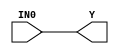
//------------------------------------------------------
// Copyright 1992, 1993 Cascade Design Automation Corporation.
//------------------------------------------------------
module schmitt(IN0,Y);
  parameter
        d_IN0_r = 0,
        d_IN0_f = 0,
        d_Y_r = 1,
        d_Y_f = 1;
  input  IN0;
  output  Y;
  wire  IN0_temp;
  reg  Y_temp;
  assign #(d_IN0_r,d_IN0_f) IN0_temp = IN0;
  assign #(d_Y_r,d_Y_f) Y = Y_temp;
  always
    @(IN0_temp)
      Y_temp = IN0_temp;
endmodule